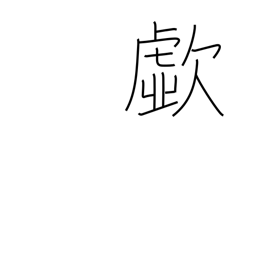
Meaning: cry